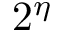
2 ^ { \eta }